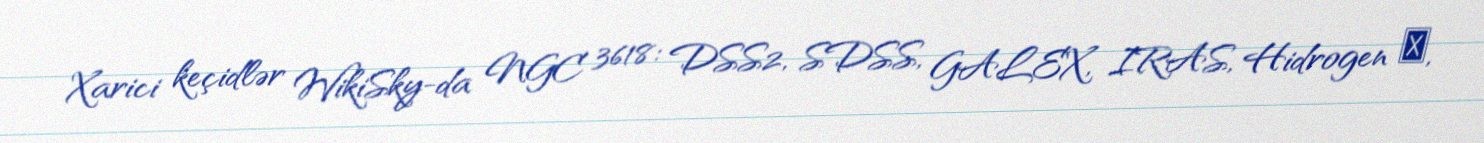
Xarici keçidlər WikiSky-da NGC 3618: DSS2, SDSS, GALEX, IRAS, Hidrogen α,